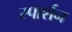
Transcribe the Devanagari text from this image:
स्पार्शन